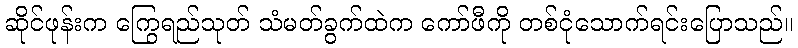
ဆိုင်ဖုန်းက ကြွေရည်သုတ် သံမတ်ခွက်ထဲက ကော်ဖီကို တစ်ငုံသောက်ရင်းပြောသည်။